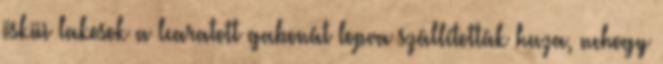
ösküi lakosok a learatott gabonát lopva szállították haza, nehogy